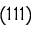
( 1 1 1 )